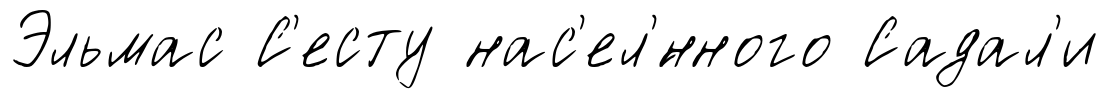
Эльмас С'есту нас'ел'́нного Садал'и